Cholera in southern India
Disease focus: Cholera
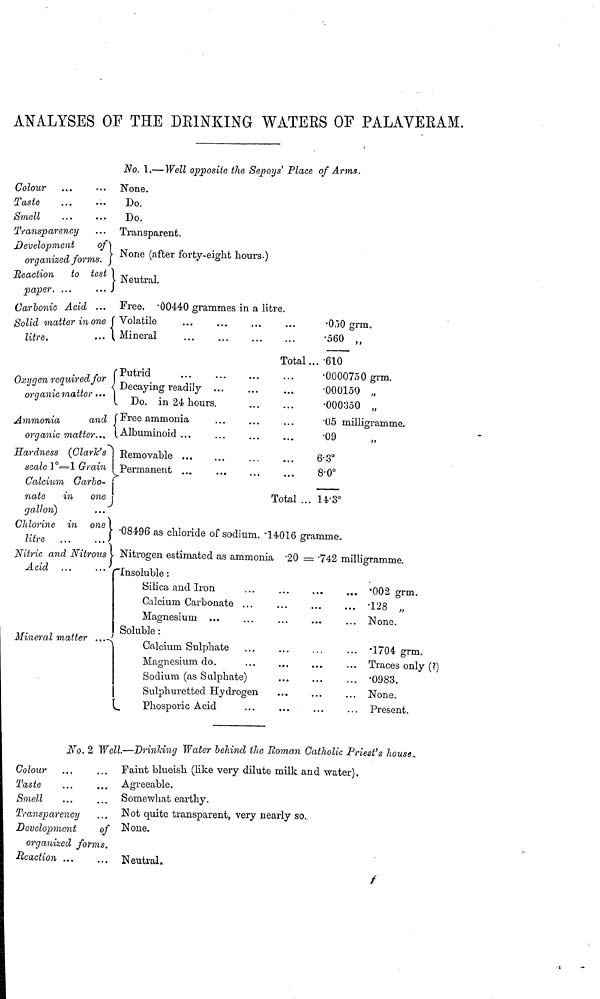
ANALYSES OF THE DRINKING WATERS OF PALAVERAM.
No. 1.— Well opposite the Sepoys' Place of Arms.
Colour
Taste
Smell
Transparency
Development
of
organized forms.
Reaction to test
paper. ...
Carbonic Acid ...
Solid matter in one
litre.
None.
Do.
Do.
Transparent.
None (after forty-eight hours.)
Neutral.
Free. .00440 grammes in a litre.
Volatile
Mineral
Total...
.030 grm.
.560 „
.610
Oxygen required for
organic matter...
Ammonia
and
organic matter...
Hardness (Clark's
scale ]°=1 Grain
Calcium Carbo-
nate
in
one
gallon)
Putrid
Decaying readily .
Do. in 24 hours.
Free ammonia
Albuminoid
Removable ...
Permanent .
...
Total ..
•0000750 grm.
•000150 ,,
.000350 „
.05 milligramme.
.09 ,,
6.3°8
.0°1
4.3°C
hlorine in one
litre
Nitric and Nitrous
Acid ...
...
Mineral matter .
.08496 as chloride of sodium. .14016 gramme.
Nitrogen estimated as ammonia .20 = .742 milligramme
Insoluble :
Silica and Iron
Calcium Carbonate
Magnesium ...
Soluble :
Calcium Sulphate
Magnesium do.
Sodium (as Sulphate)
Sulphuretted Hydrogen
Phosporic Acid
.002 grm.
.128 „
None.
.1704 grm.
Traces only (?)
.0983.
None.
Present.
No. 2 Well.—Drinking Water behind the Roman Catholic Priest's house.
Colour
Taste
Smell
Transparency
Development
of
organized forms.
Reaction ...
Faint blueish (like very dilute milk and water).
Agreeable.
Somewhat earthy.
Not quite transparent, very nearly so..
None.
Neutral.